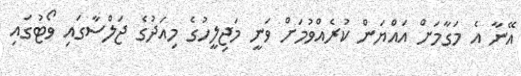
އޭނާ އެ މަގާމަށް އައްޔަން ކުރެއްވުމަށް ވަނީ މަޖިލީހުގެ މިއަދުގެ ޖަލްސާގައި ވޯޓުގައި